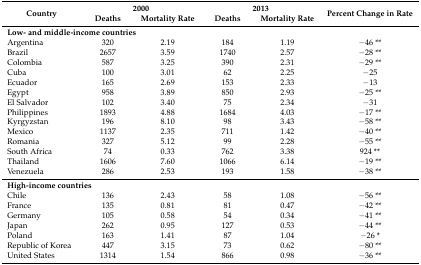
| <ROWSPAN=2> Country | <COLSPAN=2> 2000 | <COLSPAN=2> 2013 | <ROWSPAN=2> Percent Change in Rate |
 | Deaths | Mortality Rate | Deaths | Mortality Rate |
 | --- | --- | --- | --- | --- | --- |
 | <COLSPAN=6> Low- and middle-income countries |
 | Argentina | 320 | 2.19 | 184 | 1.19 | −46 ** |
 | Brazil | 2657 | 3.59 | 1740 | 2.57 | −28 ** |
 | Colombia | 587 | 3.25 | 390 | 2.31 | −29 ** |
 | Cuba | 100 | 3.01 | 62 | 2.25 | −25 |
 | Ecuador | 165 | 2.69 | 153 | 2.33 | −13 |
 | Egypt | 958 | 3.89 | 850 | 2.93 | −25 ** |
 | El Salvador | 102 | 3.40 | 75 | 2.34 | −31 |
 | Philippines | 1893 | 4.88 | 1684 | 4.03 | −17 ** |
 | Kyrgyzstan | 196 | 8.10 | 98 | 3.43 | −58 ** |
 | Mexico | 1137 | 2.35 | 711 | 1.42 | −40 ** |
 | Romania | 327 | 5.12 | 99 | 2.28 | −55 ** |
 | South Africa | 74 | 0.33 | 762 | 3.38 | 924 ** |
 | Thailand | 1606 | 7.60 | 1066 | 6.14 | −19 ** |
 | Venezuela | 286 | 2.53 | 193 | 1.58 | −38 ** |
 | <COLSPAN=6> High-income countries |
 | Chile | 136 | 2.43 | 58 | 1.08 | −56 ** |
 | France | 135 | 0.81 | 81 | 0.47 | −42 ** |
 | Germany | 105 | 0.58 | 54 | 0.34 | −41 ** |
 | Japan | 262 | 0.95 | 127 | 0.53 | −44 ** |
 | Poland | 163 | 1.41 | 87 | 1.04 | −26 * |
 | Republic of Korea | 447 | 3.15 | 73 | 0.62 | −80 ** |
 | United States | 1314 | 1.54 | 866 | 0.98 | −36 ** |